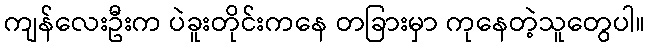
ကျန်လေးဦးက ပဲခူးတိုင်းကနေ တခြားမှာ ကုနေတဲ့သူတွေပါ။